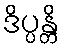
ဒိပ္ပန္တိ